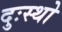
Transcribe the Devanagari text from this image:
दुःस्थो